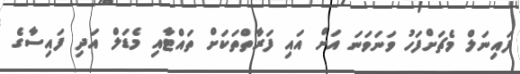
ފައިނަލް މެޗަށްފަހު ވަނަވަނަ އަށް އައި ފަރާތްތަކަށް ތައްޓާއި މެޑަލް އަދި ފައިސާގެ